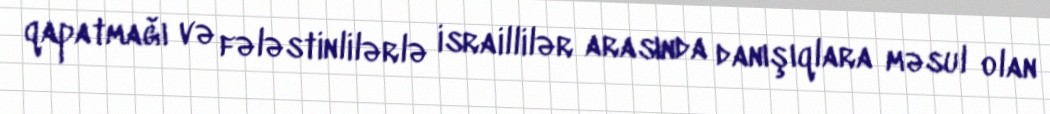
qapatmağı və fələstinlilərlə israillilər arasında danışıqlara məsul olan